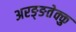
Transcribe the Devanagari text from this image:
अरङ्ङतेक्कु